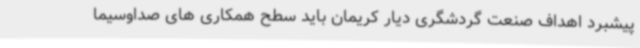
پیشبرد اهداف صنعت گردشگری دیار کریمان باید سطح همکاری های صداوسیما